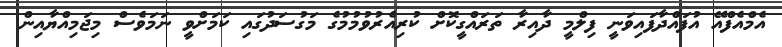
އެމްއެފްއޭ އުފައްދާފައިވަނީ ފިލްމީ ދާއިރާ ތަރައްގީކޮށް ކުރިއެރުވުމުމުގެ މަގުސަދުގައި ކަމަށްވީ ނަމަވެސް މިޖަމިއްޔާއިން